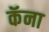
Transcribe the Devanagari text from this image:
कॅना